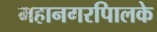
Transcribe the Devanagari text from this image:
महानगरपािलके